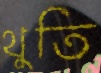
থুতি